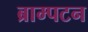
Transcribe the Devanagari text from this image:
ब्राम्पटन